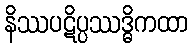
နိဿပဋိပ္ပဿဒ္ဓိကထာ